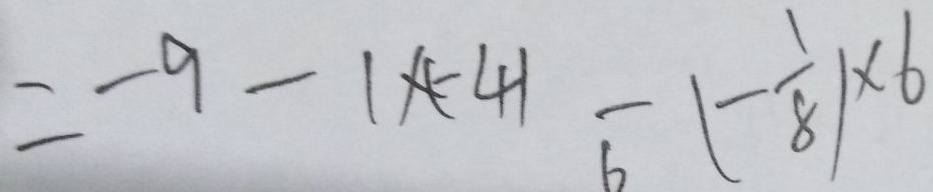
= - 9 - 1 \times ( - 4 ) - ( - \frac { 1 } { 8 } ) \times 6